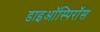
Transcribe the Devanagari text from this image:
डाइऑस्पिरॉस